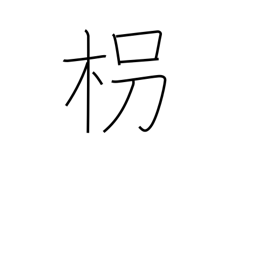
Meaning: walking stick